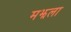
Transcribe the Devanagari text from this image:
मझला